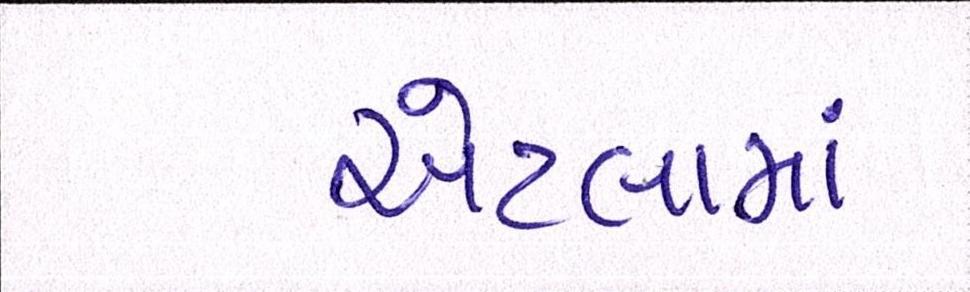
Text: એટલામાં